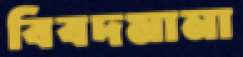
বিবদমানা